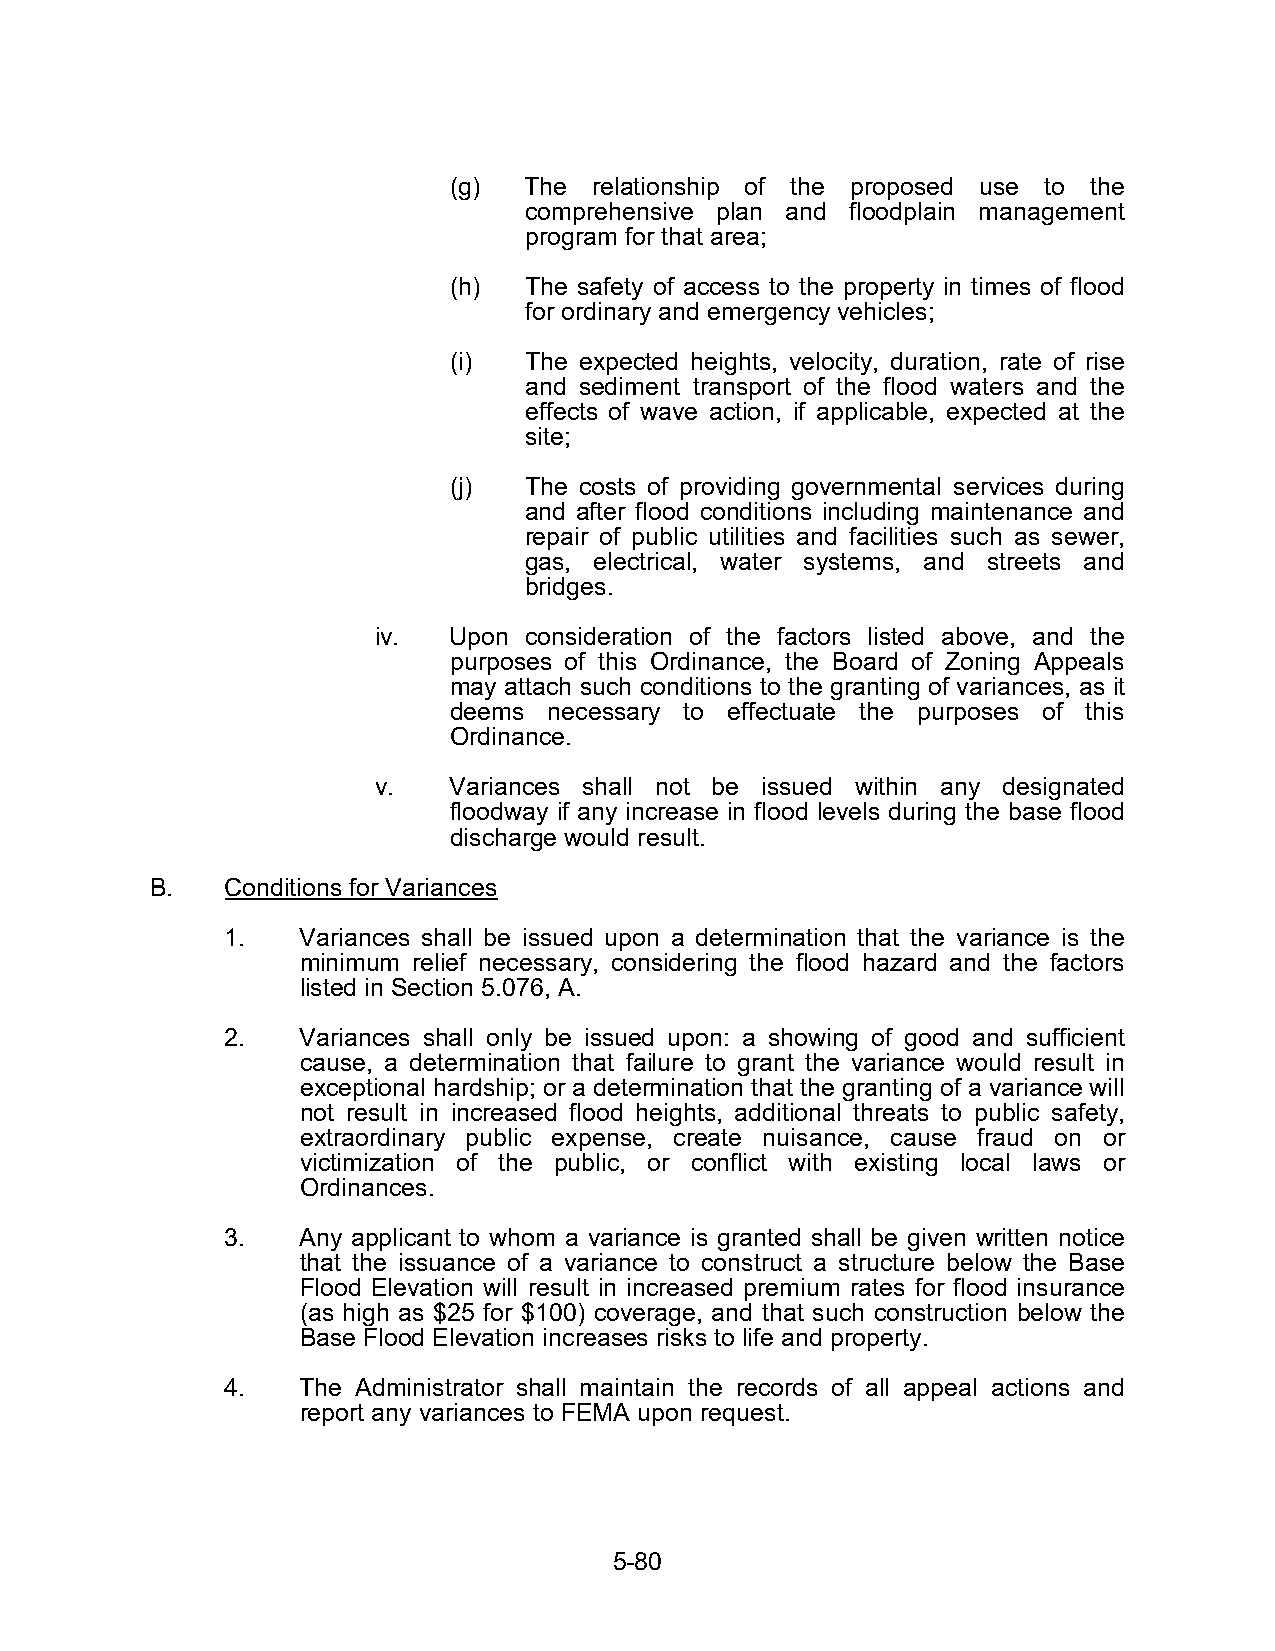
(g)  The relationship of the proposed use to the
 comprehensive plan and floodplain management
 program for that area;
 (h)  The safety of access to the property in times of flood
 for ordinary and emergency vehicles;
 (i)  The expected heights, velocity, duration, rate of rise
 and sediment transport of the flood waters and the
 effects of wave action, if applicable, expected at the
 site;
 (j)  The costs of providing governmental services during
 and after flood conditions including maintenance and
 repair of public utilities and facilities such as sewer,
 gas, electrical, water systems, and streets and
 bridges.
 iv.  Upon consideration of the factors listed above, and the
 purposes of this Ordinance, the Board of Zoning Appeals
 may attach such conditions to the granting of variances, as it
 deems necessary to effectuate the purposes of this
 Ordinance.
 v.   Variances shall not be issued within any designated
 floodway if any increase in flood levels during the base flood
 discharge would result.
 B.   Conditions for Variances
 1.   Variances shall be issued upon a determination that the variance is the
 minimum relief necessary, considering the flood hazard and the factors
 listed in Section 5.076, A.
 2.   Variances shall only be issued upon: a showing of good and sufficient
 cause, a determination that failure to grant the variance would result in
 exceptional hardship; or a determination that the granting of a variance will
 not result in increased flood heights, additional threats to public safety,
 extraordinary public expense, create nuisance, cause fraud on or
 victimization of the public, or conflict with existing local laws or
 Ordinances.
 3.   Any applicant to whom a variance is granted shall be given written notice
 that the issuance of a variance to construct a structure below the Base
 Flood Elevation will result in increased premium rates for flood insurance
 (as high as $25 for $100) coverage, and that such construction below the
 Base Flood Elevation increases risks to life and property.
 4.   The Administrator shall maintain the records of all appeal actions and
 report any variances to FEMA upon request.
 5-80